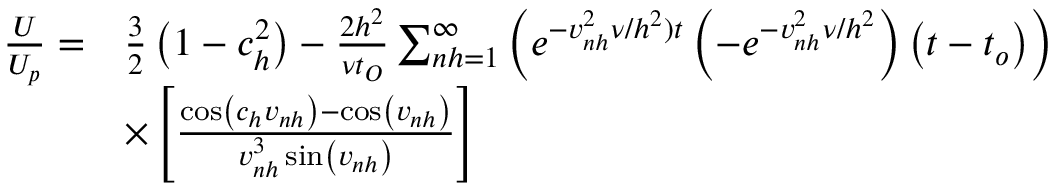
\begin{array} { r l } { \frac { U } { U _ { p } } = } & { \frac { 3 } { 2 } \left( 1 - c _ { h } ^ { 2 } \right) - \frac { 2 h ^ { 2 } } { \nu t _ { O } } \sum _ { n h = 1 } ^ { \infty } \left( e ^ { - v _ { n h } ^ { 2 } \nu / h ^ { 2 } ) t } \left( - e ^ { - v _ { n h } ^ { 2 } \nu / h ^ { 2 } } \right) \left( t - t _ { o } \right) \right) } \\ & { \times \left[ \frac { \cos \left( c _ { h } v _ { n h } \right) - \cos \left( v _ { n h } \right) } { v _ { n h } ^ { 3 } \sin \left( v _ { n h } \right) } \right] } \end{array}